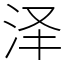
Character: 泽